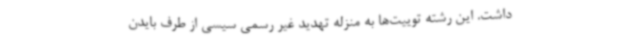
داشت. این رشته توییت‌ها به منزله تهدید غیر رسمی سیسی از طرف بایدن